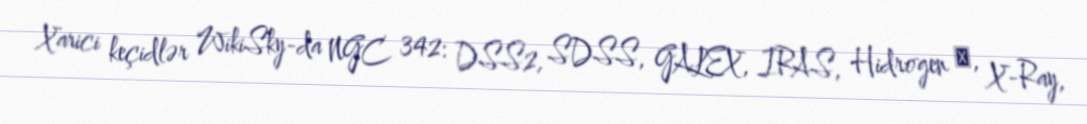
Xarici keçidlər WikiSky-da NGC 342: DSS2, SDSS, GALEX, IRAS, Hidrogen α, X-Ray,